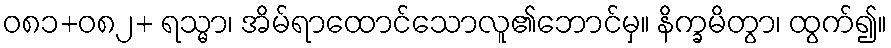
ဝ၈၁+၀၈၂+ ရသ္မာ၊ အိမ်ရာထောင်သောလူ၏ဘောင်မှ။ နိက္ခမိတွာ၊ ထွက်၍။